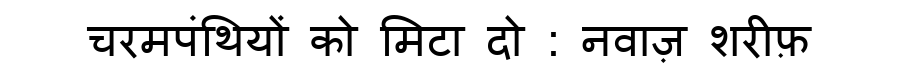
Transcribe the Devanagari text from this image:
चरमपंथियों को मिटा दो : नवाज़ शरीफ़